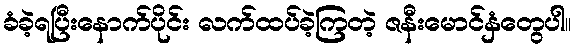
ခံခဲ့ရပြီးနောက်ပိုင်း လက်ထပ်ခဲ့ကြတဲ့ ဇနီးမောင်နှံတွေပါ။